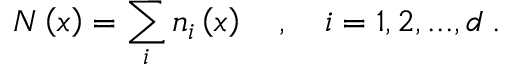
N \left( x \right) = \sum _ { i } n _ { i } \left( x \right) \quad , \quad i = 1 , 2 , . . . , d \; .